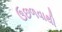
ઉછળવાથી